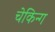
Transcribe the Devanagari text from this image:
चेकिन्ग